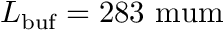
L _ { \mathrm { b u f } } = 2 8 3 \mathrm { \ m u m }